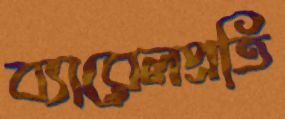
ব্যারেলপ্রতি